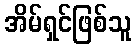
အိမ်ရှင်ဖြစ်သူ